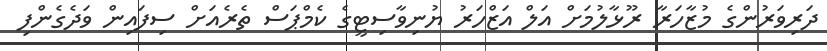
ދަރިވަރުންގެ މުޒާހަރާ ރޫޅާލުމަށް އަލް އަޒްހަރު ޔުނިވާސިޓީގެ ކެމްޕަސް ތެރެއަށް ސިފައިން ވަދެގެންފި